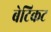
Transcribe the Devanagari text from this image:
बेटिकट